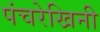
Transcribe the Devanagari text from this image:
पंचरेखिनी